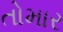
તોમાર